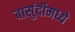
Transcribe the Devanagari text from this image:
बासुंदीमध्ये